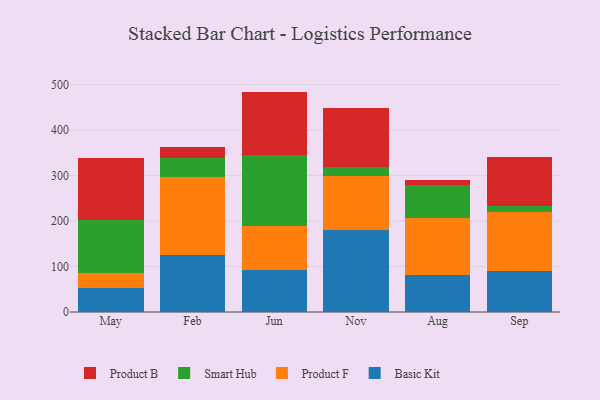
{"axis": {"x": "Month", "y": "Active Users"}, "legend": ["Basic Kit", "Product B", "Product F", "Smart Hub"], "data": [{"x": "May", "y": 53.3, "type": "Basic Kit"}, {"x": "May", "y": 31.8, "type": "Product F"}, {"x": "May", "y": 116.5, "type": "Smart Hub"}, {"x": "May", "y": 136.8, "type": "Product B"}, {"x": "Feb", "y": 124.2, "type": "Basic Kit"}, {"x": "Feb", "y": 171.6, "type": "Product F"}, {"x": "Feb", "y": 42.3, "type": "Smart Hub"}, {"x": "Feb", "y": 24.7, "type": "Product B"}, {"x": "Jun", "y": 91.9, "type": "Basic Kit"}, {"x": "Jun", "y": 96.5, "type": "Product F"}, {"x": "Jun", "y": 157.6, "type": "Smart Hub"}, {"x": "Jun", "y": 138.2, "type": "Product B"}, {"x": "Nov", "y": 179.6, "type": "Basic Kit"}, {"x": "Nov", "y": 119.5, "type": "Product F"}, {"x": "Nov", "y": 19.7, "type": "Smart Hub"}, {"x": "Nov", "y": 129.5, "type": "Product B"}, {"x": "Aug", "y": 80.4, "type": "Basic Kit"}, {"x": "Aug", "y": 126.8, "type": "Product F"}, {"x": "Aug", "y": 71.2, "type": "Smart Hub"}, {"x": "Aug", "y": 11.5, "type": "Product B"}, {"x": "Sep", "y": 90.7, "type": "Basic Kit"}, {"x": "Sep", "y": 129.9, "type": "Product F"}, {"x": "Sep", "y": 11.6, "type": "Smart Hub"}, {"x": "Sep", "y": 107.4, "type": "Product B"}]}